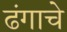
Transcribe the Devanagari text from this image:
ढंगाचे